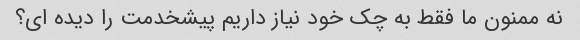
نه ممنون ما فقط به چک خود نیاز داریم پیشخدمت را دیده ای؟